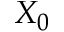
X _ { 0 }